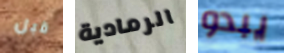
قبل الرمادية يبدو